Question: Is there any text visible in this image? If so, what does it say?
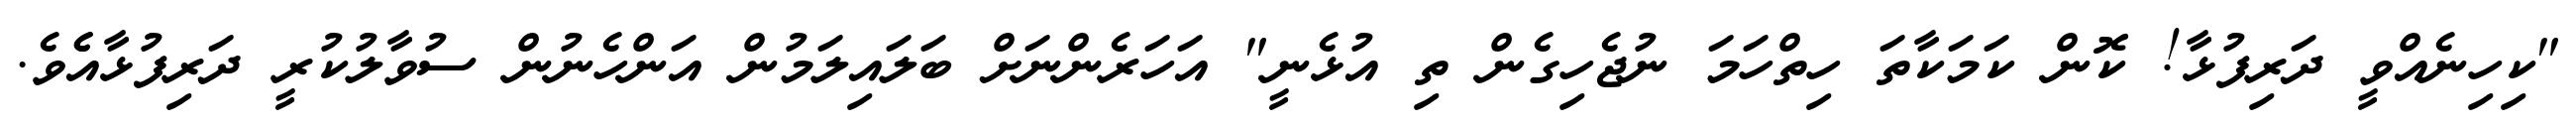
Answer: "ކިހިނެއްވީ ދަރިފުޅާ! ކޮން ކަމަކާތަ ހިތްހަމަ ނުޖެހިގެން ތި އުޅެނީ" އަހަރެންނަށް ބަލައިލަމުން އަންހެނުން ސުވާލުކުރީ ދަރިފުޅާއެެވެ.